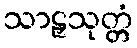
သာဠှသုတ္တံ